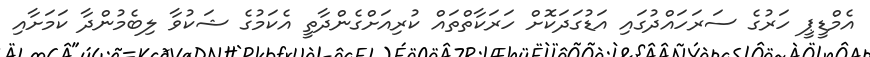
އެމްޑީޕީ ހަރުގެ ސަރަހައްދުގައި އަޑުގަދަކޮށް ހަރަކާތްތައް ކުރިއަށްގެންދާތީ އެކަމުގެ ޝަކުވާ ލިބެމުންދާ ކަމަށާއި